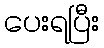
ပေးရပြီး